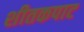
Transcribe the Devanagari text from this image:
शीतकपाट